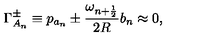
\Gamma _ { A _ { n } } ^ { \pm } \equiv p _ { a _ { n } } \pm \frac { \omega _ { n + \frac { 1 } { 2 } } } { 2 R } b _ { n } \approx 0 ,